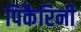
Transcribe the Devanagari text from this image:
पिकैरिनी